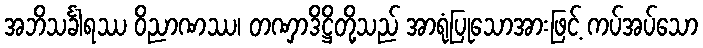
အဘိသင်္ခါရဿ ဝိညာဏဿ၊ တဏှာဒိဋ္ဌိတို့သည် အာရုံပြုသောအားဖြင့် ကပ်အပ်သော